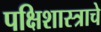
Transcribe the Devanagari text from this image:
पक्षिशास्त्राचे